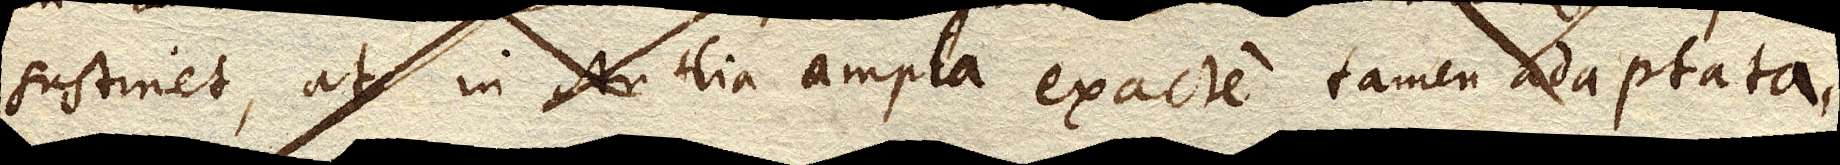
sustinet, at in Antlia ampla exacte tamen adaptata,